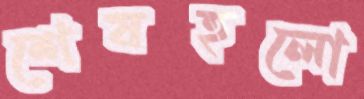
শেষহলো